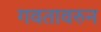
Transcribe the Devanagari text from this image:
गवतावरुन